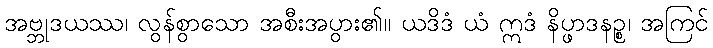
အဗ္ဘုဒယဿ၊ လွန်စွာသော အစီးအပွား၏။ ယဒိဒံ ယံ ဣဒံ နိပ္ဖာဒနဉ္စ၊ အကြင်